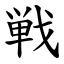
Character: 戦